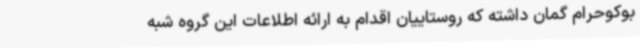
بوکوحرام گمان داشته که روستاییان اقدام به ارائه اطلاعات این گروه شبه